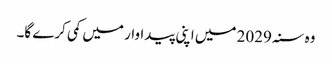
وہ سنہ 2029 میں اپنی پیداوار میں کمی کرے گا۔